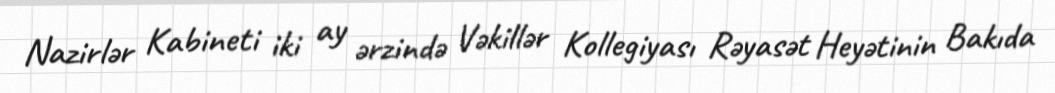
Nazirlər Kabineti iki ay ərzində Vəkillər Kollegiyası Rəyasət Heyətinin Bakıda